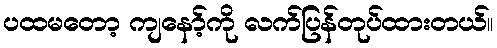
ပထမတော့ ကျနော့်ကို လက်ပြန်တုပ်ထားတယ်။